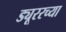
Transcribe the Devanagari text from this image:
ड्यूररच्या